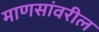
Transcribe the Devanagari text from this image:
माणसांवरील